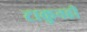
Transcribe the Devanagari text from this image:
टाकुनही